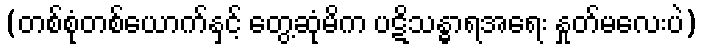
(တစ်စုံတစ်ယောက်နှင့် တွေ့ဆုံမိက ပဋိသန္ဓာရအရေး နှုတ်မလေးပဲ)